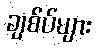
ချစ်ပ်များ